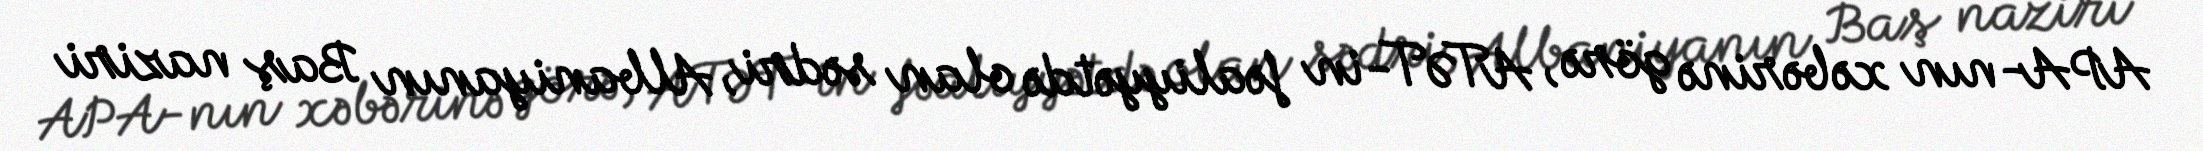
APA-nın xəbərinə görə, ATƏT-in fəaliyyətdə olan sədri, Albaniyanın Baş naziri